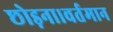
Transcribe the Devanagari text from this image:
छोड़ना।वर्तमान